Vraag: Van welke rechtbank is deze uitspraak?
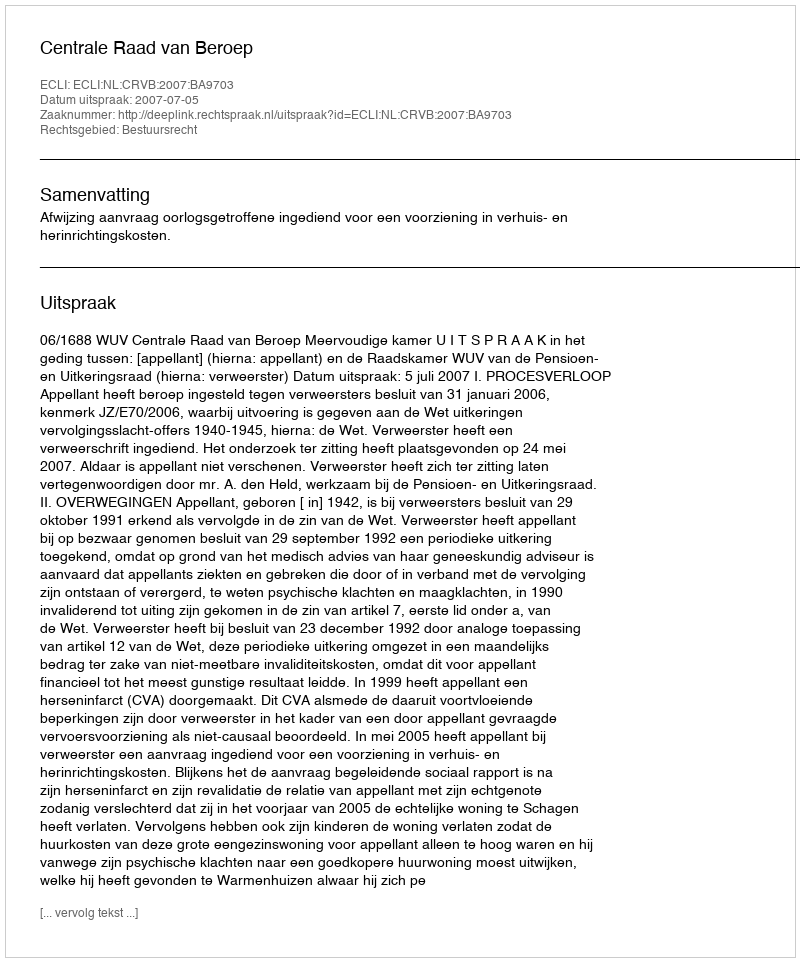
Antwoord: Centrale Raad van Beroep